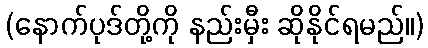
(နောက်ပုဒ်တို့ကို နည်းမှီး ဆိုနိုင်ရမည်။)